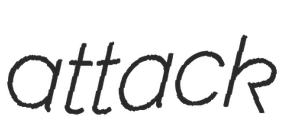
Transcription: attack